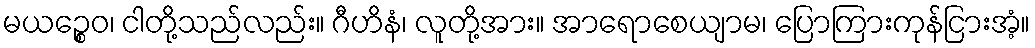
မယဉ္စေဝ၊ ငါတို့သည်လည်း။ ဂီဟိနံ၊ လူတို့အား။ အာရောစေယျာမ၊ ပြောကြားကုန်ငြားအံ့။